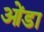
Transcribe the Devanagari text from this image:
ओंडा